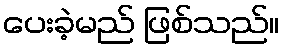
ပေးခဲ့မည် ဖြစ်သည်။